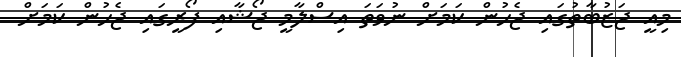
މިއީ ޖަޒުބާތުގައި ޖެހުން ކަމަށް ނުވަތަ އިސްލާމީ ޖޯޝާއި ފޯރީގައި ޖެހުން ކަމަށް